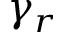
\gamma _ { r }